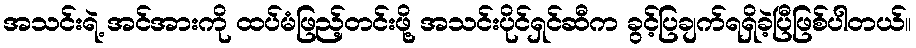
အသင်းရဲ့ အင်အားကို ထပ်မံဖြည့်တင်းဖို့ အသင်းပိုင်ရှင်ဆီက ခွင့်ပြချက်ရရှိခဲ့ပြီဖြစ်ပါတယ်။